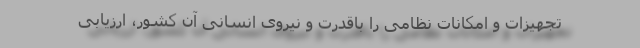
تجهیزات و امکانات نظامی را باقدرت و نیروی انسانی آن کشور، ارزیابی